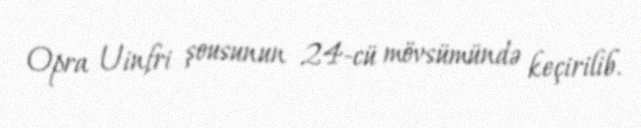
Opra Uinfri şousunun 24-cü mövsümündə keçirilib.